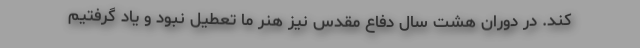
کند. در دوران هشت سال دفاع مقدس نیز هنر ما تعطیل نبود و یاد گرفتیم